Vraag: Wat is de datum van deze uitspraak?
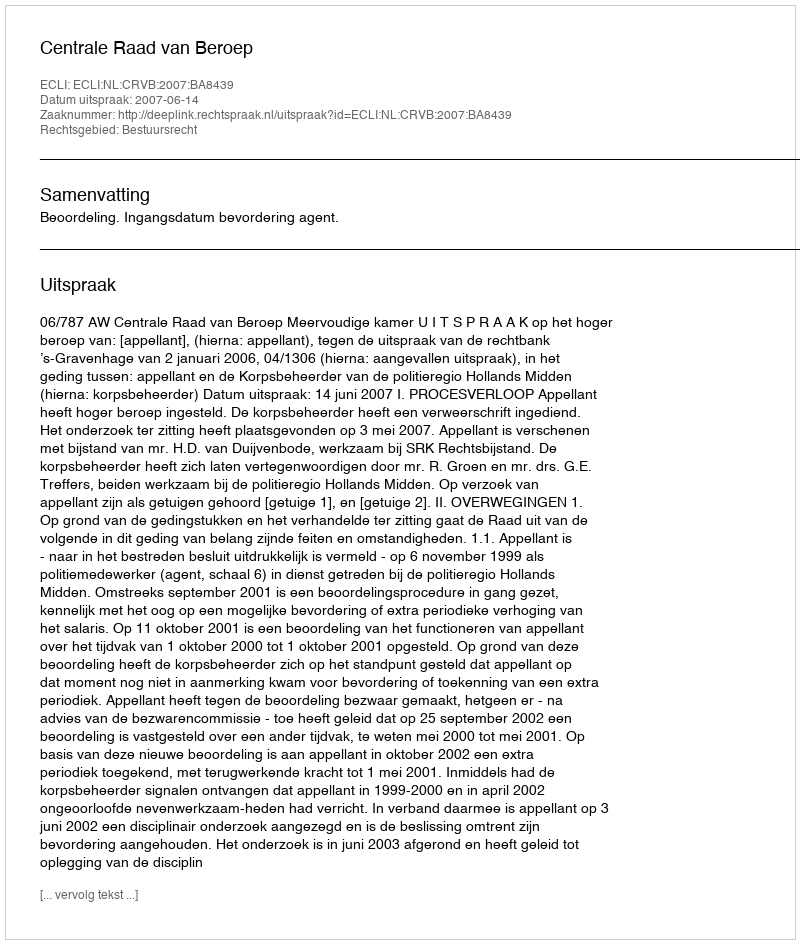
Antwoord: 2007-06-14